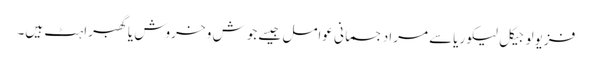
فزیولوجیکل لیکوریاسے مراد جسمانی عوامل جیسے جوش و خروش یاگھبراہٹ ہیں۔